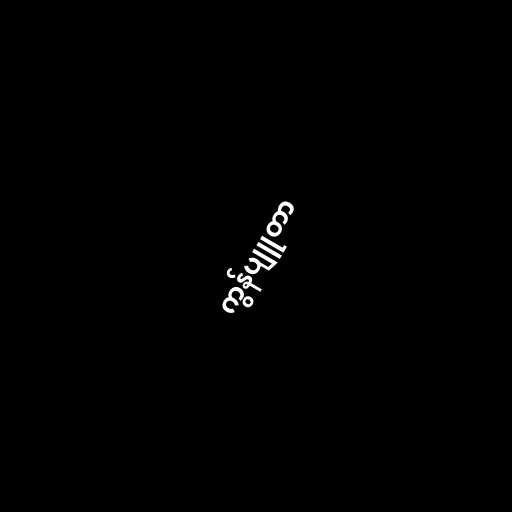
ကွန်ပျူတာ